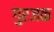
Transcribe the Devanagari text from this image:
गुरजक